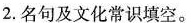
2.名句及文化常识填空。